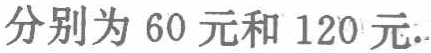
分别为 60 元和 120 元.